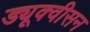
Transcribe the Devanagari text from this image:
ड्यूक्वीसन